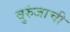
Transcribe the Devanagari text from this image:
बुरुंजाची